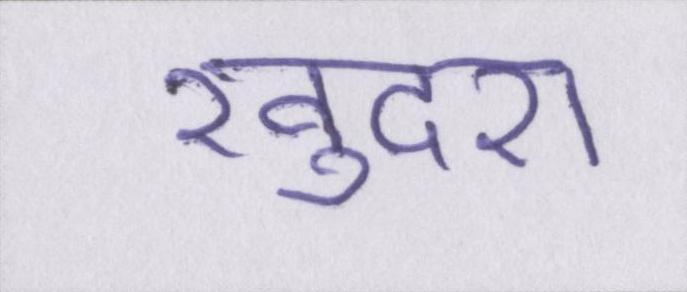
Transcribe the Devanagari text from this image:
खुदरा